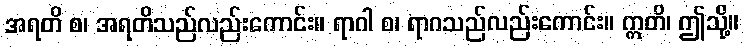
အရတိ စ၊ အရတိသည်လည်းကောင်း။ ရာဂါ စ၊ ရာဂသည်လည်းကောင်း။ ဣတိ၊ ဤသို့။